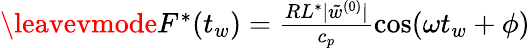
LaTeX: \begin{array}{r}{\leavevmode{F^{*}(t_{w})=\frac{RL^{*}|\tilde{w}^{(0)}|}{c_{p}}\cos(\omega t_{w}+\phi)}}\end{array}